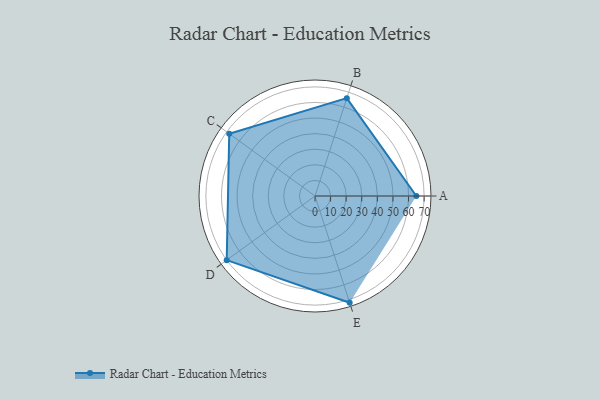
{"axis": {"x": "Skill", "y": "Score"}, "legend": ["Profile"], "data": [{"x": "A", "y": 65.0, "type": "Profile"}, {"x": "B", "y": 66.0, "type": "Profile"}, {"x": "C", "y": 68.0, "type": "Profile"}, {"x": "D", "y": 70.0, "type": "Profile"}, {"x": "E", "y": 72.0, "type": "Profile"}]}